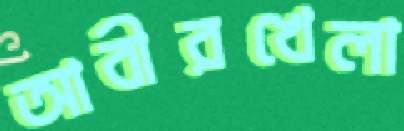
আবীরখেলা